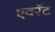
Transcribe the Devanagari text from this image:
एवरॅट